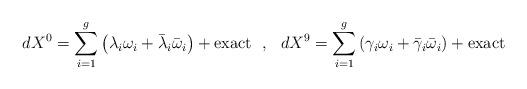
LaTeX: \begin{align*}dX^0=\sum_{i=1}^{g}\left( \lambda_i\omega_i+\bar\lambda_i\bar\omega_i\right)+{\rm exact}~~,~~dX^9=\sum_{i=1}^{g}\left( \gamma_i\omega_i+\bar\gamma_i\bar\omega_i\right)+{\rm exact}\end{align*}